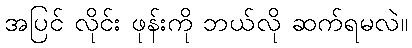
အပြင် လိုင်း ဖုန်းကို ဘယ်လို ဆက်ရမလဲ။